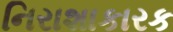
નિરાશાકારક